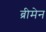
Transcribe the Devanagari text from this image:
ब्रीमेन